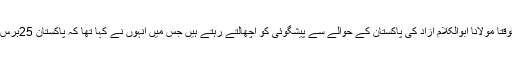
مزید حیرت اس بات پہ ہوتی ہے کہ کچھ حضرات وقتاً فوقتاً مولانا ابوالکلام آزاد کی پاکستان کے حوالے سے پیشگوئی کو اچھالتے رہتے ہیں جس میں انہوں نے کہا تھا کہ پاکستان 25برس بعد ٹوٹ جائے گا اور مشرقی پاکستان الگ ہو جائے گا۔